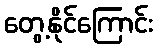
တွေ့နိုင်ကြောင်း